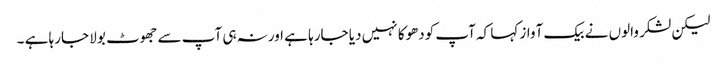
لیکن لشکر والوں نے بیک آواز کہا کہ آپ کودھوکا نہیں دیا جارہا ہے اورنہ ہی آپ سے جھوٹ بولا جارہا ہے ۔